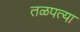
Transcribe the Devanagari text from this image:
तळपत्या